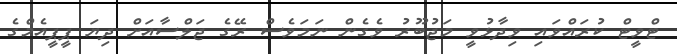
ޓްވީޓް ކުރައްވައި ވިދާޅުވީ މަޖުބޫރު ވެގެން ނަމަވެސް ރޭގެ ޖަލްސާއަށް ދިޔަ ޕީޕީއެމްގެ